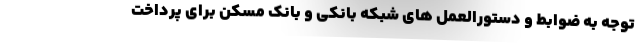
توجه به ضوابط و دستورالعمل های شبکه بانکی و بانک مسکن برای پرداخت